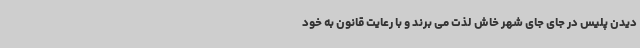
دیدن پلیس در جای جای شهر خاش لذت می برند و با رعایت قانون به خود